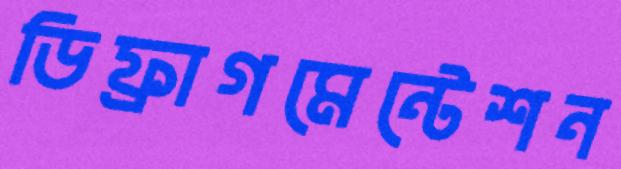
ডিফ্রাগমেন্টেশন